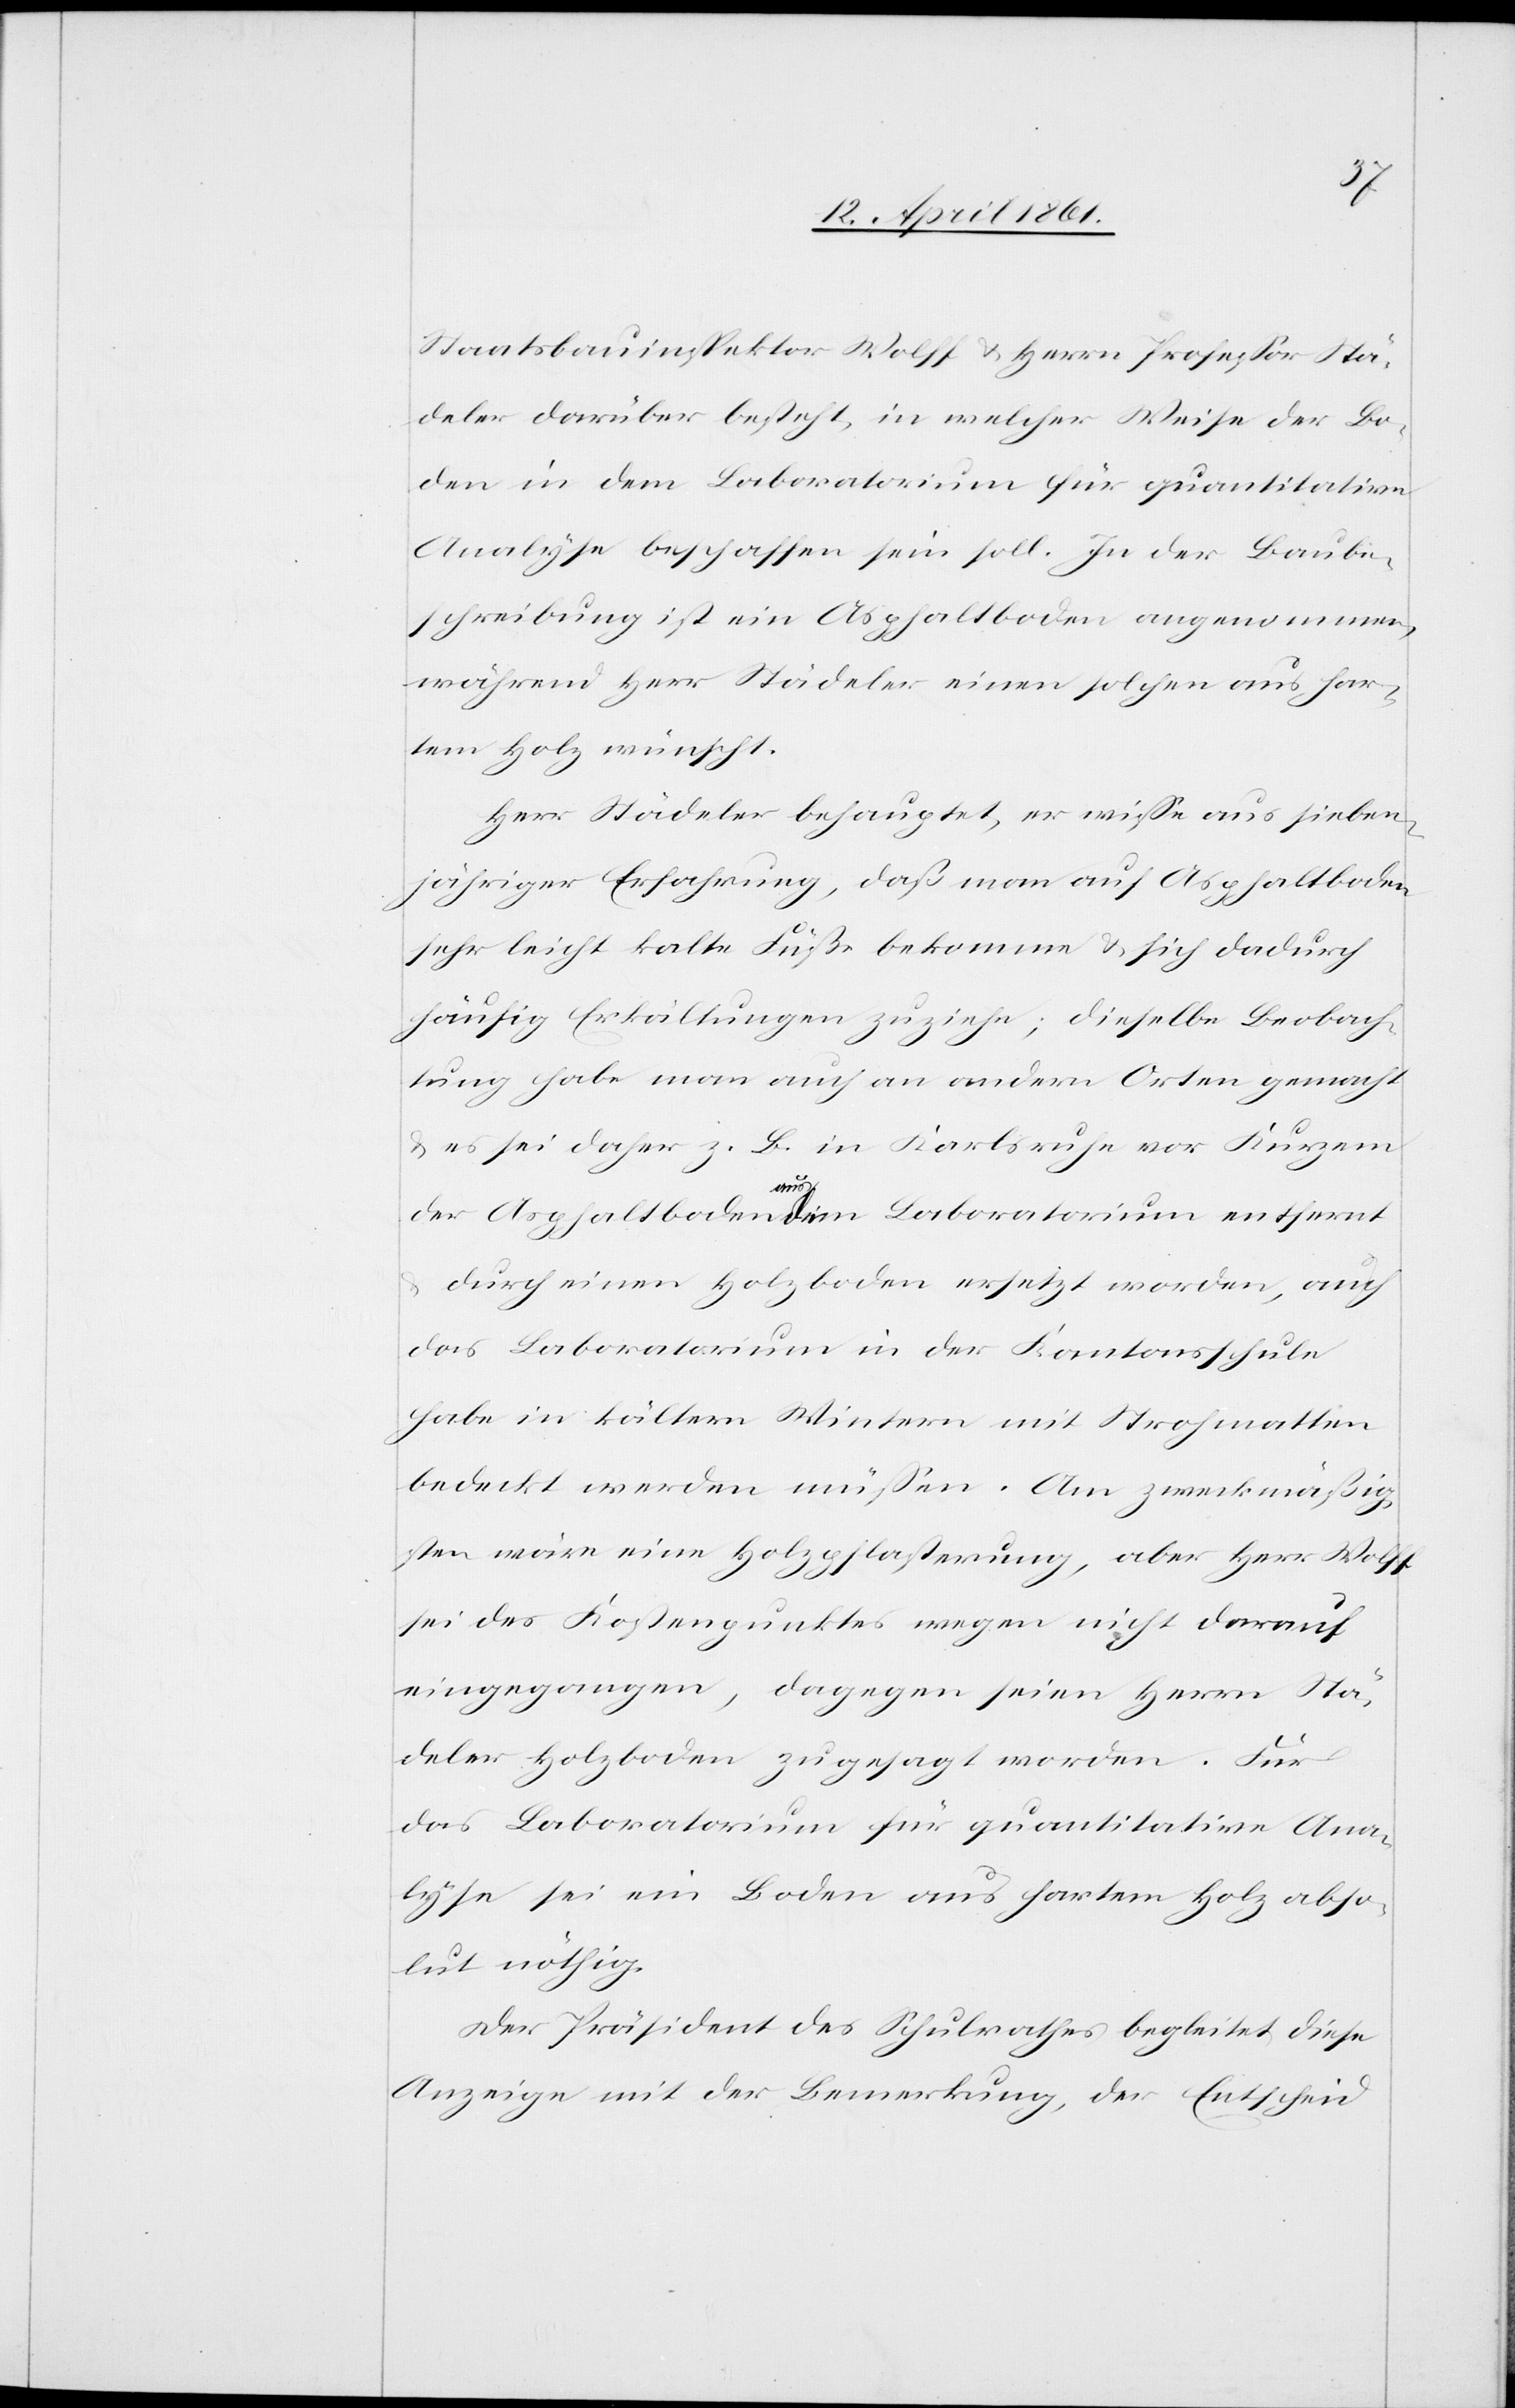
Staatsbauinspektor Wolff u. Herrn Professor Stä¬
deler darüber besteht, in welcher Weise der Bo¬
den in dem Laboratorium für quantitative
Analyse beschaffen sein soll. In der Baube¬
schreibung ist ein Asphaltboden angenommen,
während Herr Städeler einen solchen aus har¬
tem Holz wünscht.
Herr Städeler behauptet, er wisse aus sieben¬
jähriger Erfahrung, daß man auf Asphaltboden
sehr leicht kalte Füße bekomme u. sich dadurch
häufig Erkältungen zuziehe; dieselbe Beobach¬
tung habe man auch an andern Orten gemacht
u. es sei daher z. B. in Karlsruhe vor Kurzem
der Asphaltboden aus dem Laboratorium entfernt
durch einen Holzboden ersetzt worden, auch
das Laboratorium in der Kantonsschule
habe in kältern Wintern mit Strohmatten
bedeckt werden müssen. Am zweckmäßig¬
sten wäre eine Holzpflasterung, aber Herr Wolff
sei des Kostenpunktes wegen nicht darauf
eingegangen, dagegen seien Herrn Stä¬
deler Holzboden zugesagt worden. Für
das Laboratorium für quantitative Ana¬
lyse sei ein Boden aus hartem Holz abso¬
lut nöthig.
Der Präsident des Schulrathes begleitet diese
Anzeige mit der Bemerkung, der Entscheid